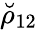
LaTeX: \breve{\rho}_{12}